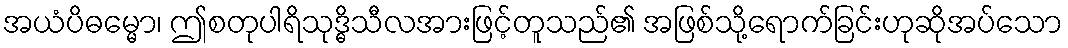
အယံပိဓမ္မော၊ ဤစတုပါရိသုဒ္ဓိသီလအားဖြင့်တူသည်၏ အဖြစ်သို့ရောက်ခြင်းဟုဆိုအပ်သော